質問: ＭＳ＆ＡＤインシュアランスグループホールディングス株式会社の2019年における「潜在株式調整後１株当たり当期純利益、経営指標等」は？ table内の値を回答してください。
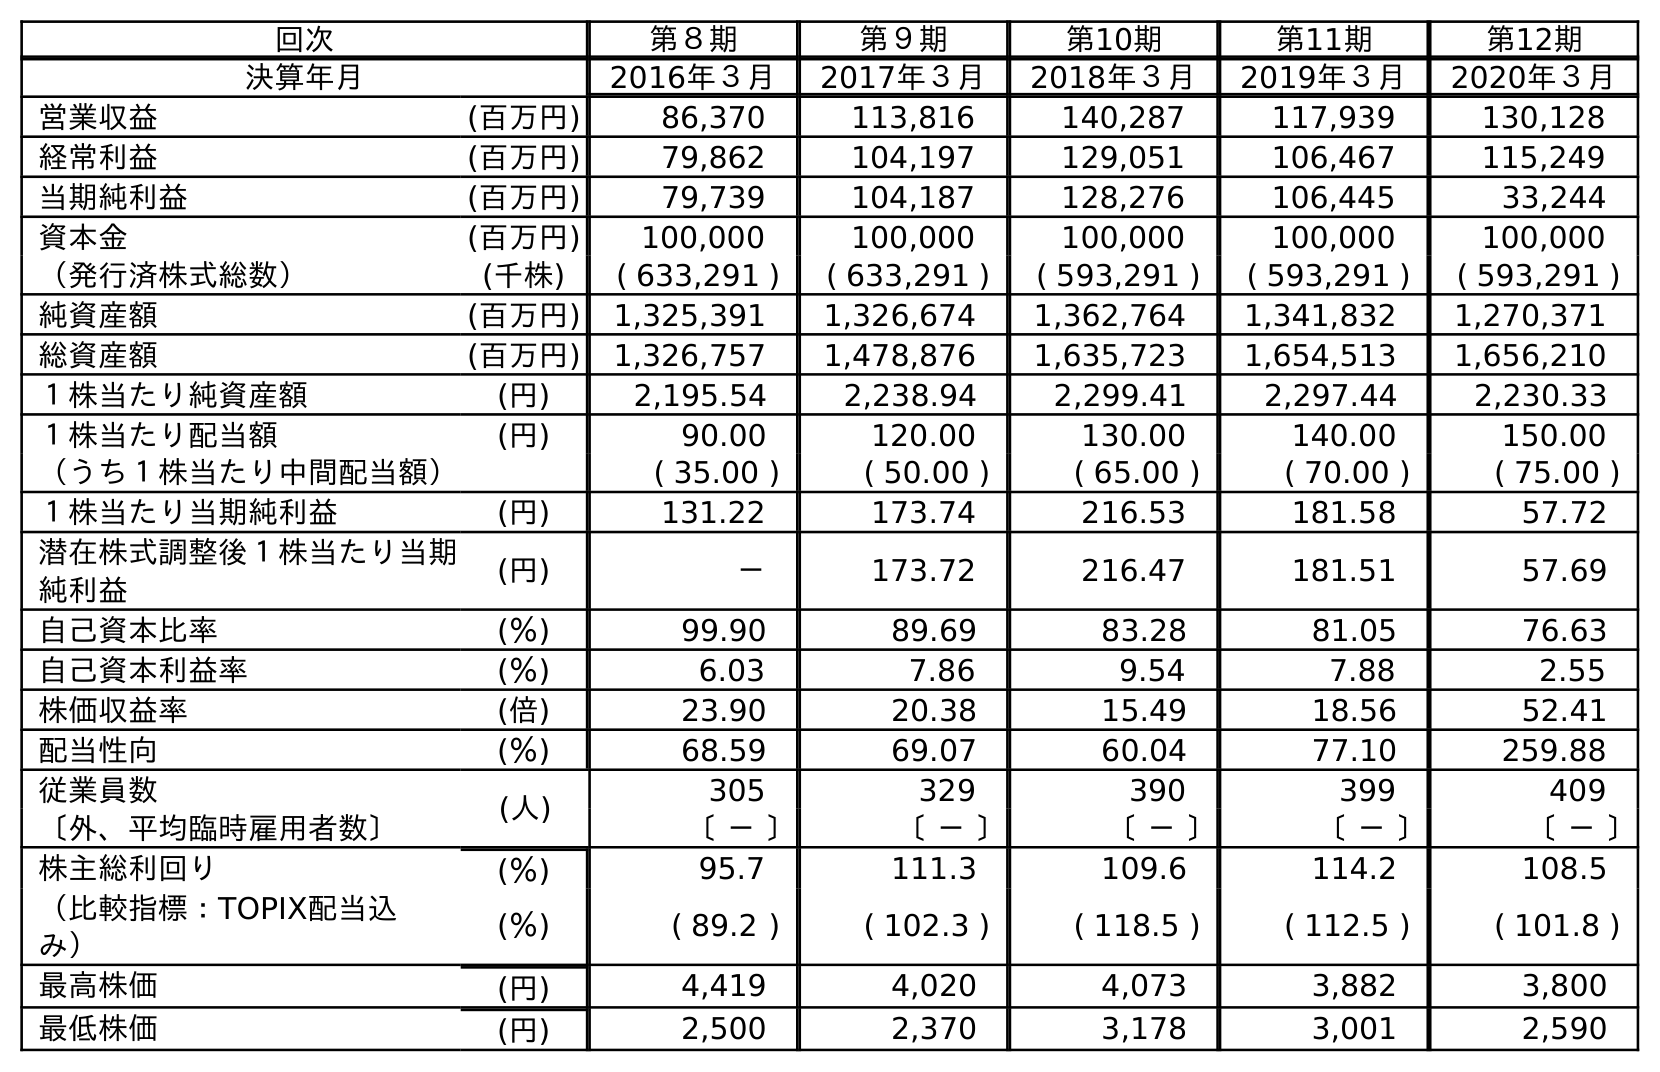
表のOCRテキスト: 回次 第８期 第９期 第10期 第11期 第12期 決算年月 2016年３月 2017年３月 2018年３月 2019年３月 2020年３月 営業収益 (百万円) 86,370 113,816 140,287 117,939 130,128 経常利益 (百万円) 79,862 104,197 129,051 106,467 115,249 当期純利益 (百万円) 79,739 104,187 128,276 106,445 33,244 資本金 (百万円) 100,000 100,000 100,000 100,000 100,000 （発行済株式総数） (千株) ( 633,291 ) ( 633,291 ) ( 593,291 ) ( 593,291 ) ( 593,291 ) 純資産額 (百万円) 1,325,391 1,326,674 1,362,764 1,341,832 1,270,371 総資産額 (百万円) 1,326,757 1,478,876 1,635,723 1,654,513 1,656,210 １株当たり純資産額 (円) 2,195.54 2,238.94 2,299.41 2,297.44 2,230.33 １株当たり配当額 (円) 90.00 120.00 130.00 140.00 150.00 （うち１株当たり中間配当額） ( 35.00 ) ( 50.00 ) ( 65.00 ) ( 70.00 ) ( 75.00 ) １株当たり当期純利益 (円) 131.22 173.74 216.53 181.58 57.72 潜在株式調整後１株当たり当期 純利益 (円) － 173.72 216.47 181.51 57.69 自己資本比率 (％) 99.90 89.69 83.28 81.05 76.63 自己資本利益率 (％) 6.03 7.86 9.54 7.88 2.55 株価収益率 (倍) 23.90 20.38 15.49 18.56 52.41 配当性向 (％) 68.59 69.07 60.04 77.10 259.88 従業員数 (人) 305 329 390 399 409 〔外、平均臨時雇用者数〕 〔 － 〕 〔 － 〕 〔 － 〕 〔 － 〕 〔 － 〕 株主総利回り (％) 95.7 111.3 109.6 114.2 108.5 （比較指標：TOPIX配当込 み） (％) ( 89.2 ) ( 102.3 ) ( 118.5 ) ( 112.5 ) ( 101.8 ) 最高株価 (円) 4,419 4,020 4,073 3,882 3,800 最低株価 (円) 2,500 2,370 3,178 3,001 2,590
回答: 181.51